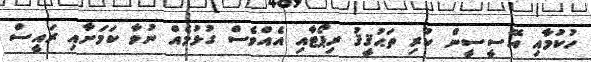
ހުކުމާއި އޭސީސީން ކުރި ތަޙުޤީޤު ރިޕޯޓާއި އެއްވެސް ގުޅުމެއް ނުވާ ކަމަށާއި ރައީސް